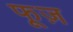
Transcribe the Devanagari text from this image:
फूज़